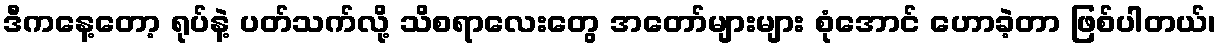
ဒီကနေ့တော့ ရုပ်နဲ့ ပတ်သက်လို့ သိစရာလေးတွေ အတော်များများ စုံအောင် ဟောခဲ့တာ ဖြစ်ပါတယ်၊